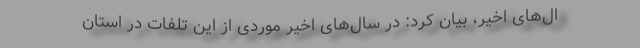
ال‌های اخیر، بیان کرد: در سال‌های اخیر موردی از این تلفات در استان